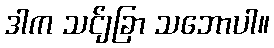
ဒါက သင်ျခြာ သဘောပါ။